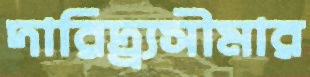
দারিদ্র্র্যসীমার